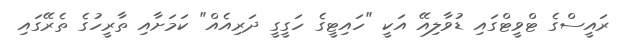
ރައީސްގެ ޓްވީޓްގައި ޑުވާލިއޭ އަކީ "ހައިޓީގެ ހަގީގީ ދަރިއެއް" ކަމަށާއި ތާރީހުގެ ތެރޭގައި